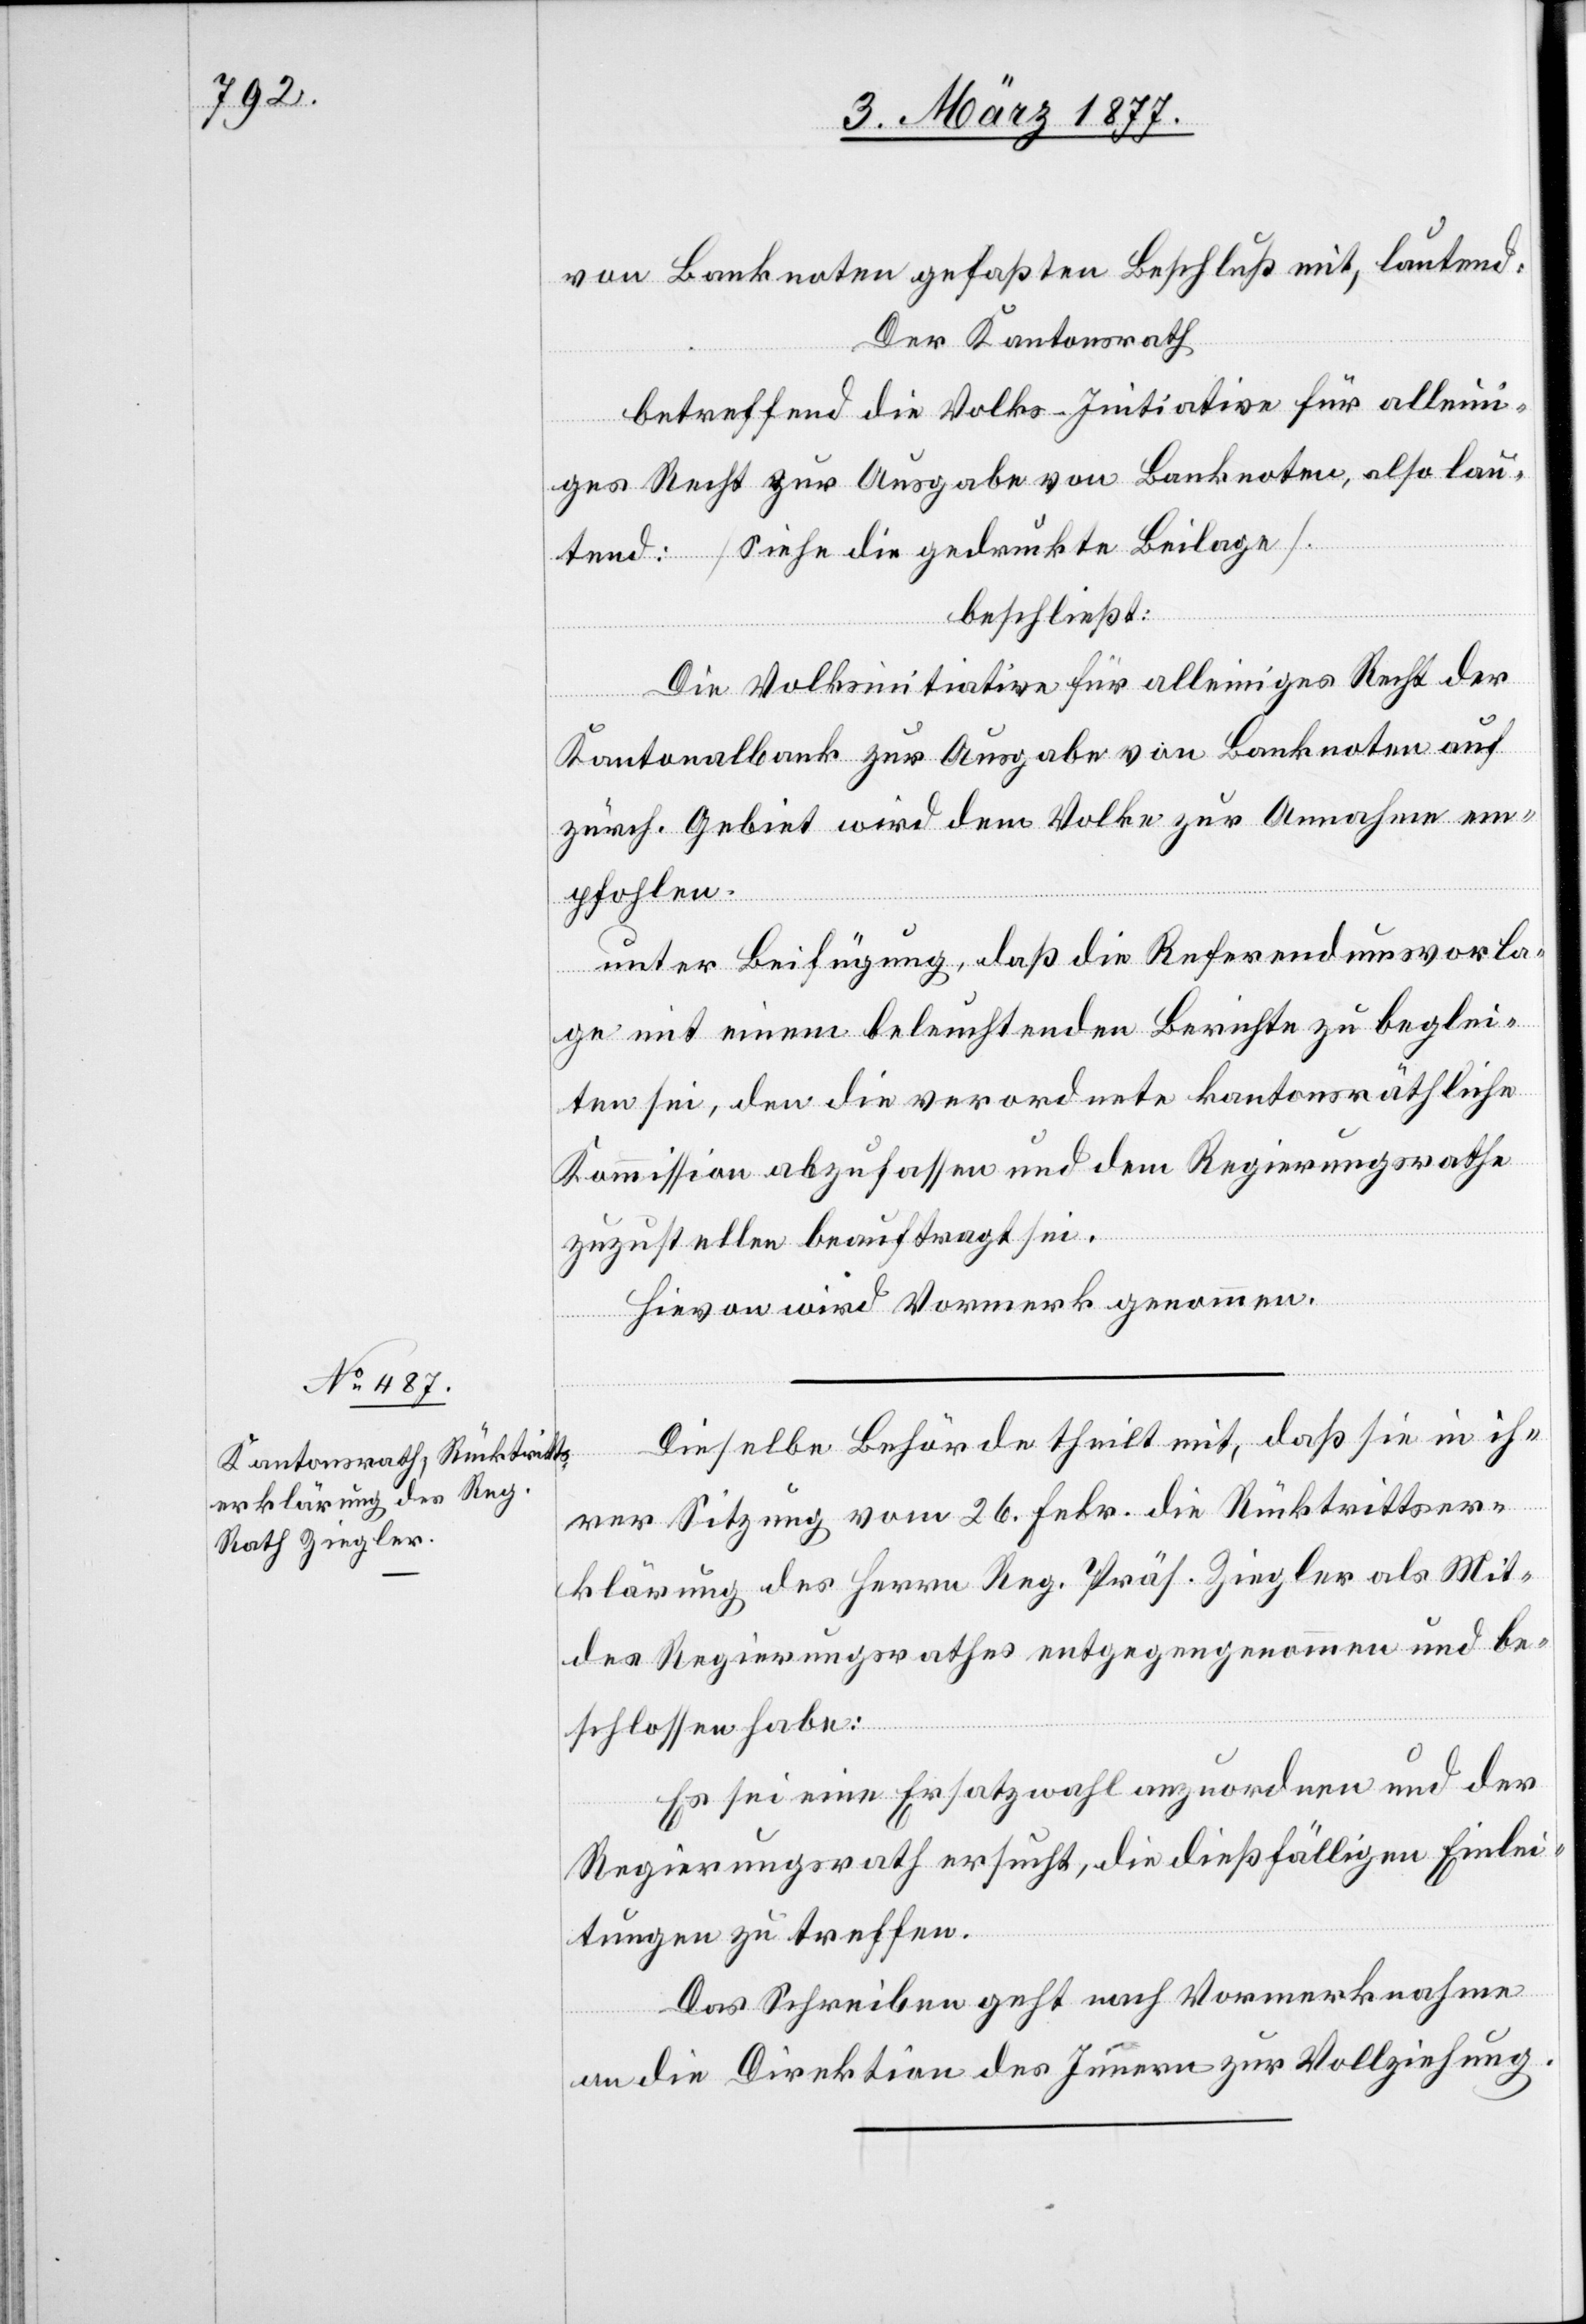
von Banknoten gefaßten Beschluß mit, lautend:
Der Kantonsrath,
betreffend die Volks-Initiative für alleini¬
glied
ges Recht zur Ausgabe von Banknoten, also lau¬
tend: [siehe die gedruckte Beilage].
beschließt:
Die Volksinitiative für alleiniges Recht der
Kantonalbank zur Ausgabe von Banknoten auf
zürch. Gebiet wird dem Volke zur Annahme em¬
pfohlen.
Unter Beifügung, daß die Referendumsvorla¬
ge mit einem beleuchtenden Berichte zu beglei¬
ten sei, den die verordnete kantonsräthliche
Kommission abzufassen und dem Regierungsrathe
zuzustellen beauftragt sei.
Hievon wird Vormerk genommen.
Dieselbe Behörde theilt mit, daß sie in ih¬
rer Sitzung vom 26. Febr. die Rücktrittser¬
klärung des Herrn Reg. Präs. Ziegler als Mit¬
des Regierungsrathes entgegengenommen und be¬
schlossen habe:
Es sei eine Ersatzwahl anzuordnen und der
Regierungsrath ersucht, die dießfälligen Einlei¬
tungen zu treffen.
Das Schreiben geht nach Vormerknahme
an die Direktion des Innern zur Vollziehung.